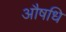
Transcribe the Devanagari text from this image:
औषधि